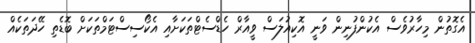
އެގޮތުން މިހާރުވެސް އެކުންފުނިން ވަނީ އޮކިއުލަސް ވީއާރް ހެޑްސެޓްތަކަށާއި އެކޯސިސްޓަމްތަކަށް ބޮޑެތި ހޭދަތަކެއް